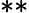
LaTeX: \ast\ast